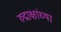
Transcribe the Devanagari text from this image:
रुद्राक्षांच्या